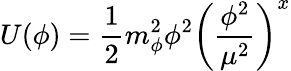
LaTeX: U(\phi)=\frac 12m_{\phi}^{2}\phi^{2}\left({\frac{\phi^{2}}{\mu^{2}}}\right)^{x}